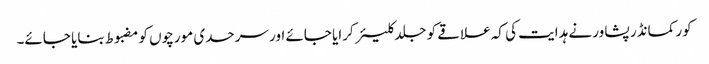
کور کمانڈر پشاور نے ہدایت کی کہ علاقے کو جلد کلیئر کرایا جائے اور سرحدی مورچوں کو مضبوط بنایا جائے۔